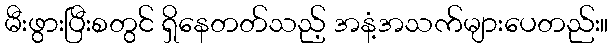
မီးဖွားပြီးစတွင် ရှိနေတတ်သည့် အနံ့အသက်များပေတည်း။